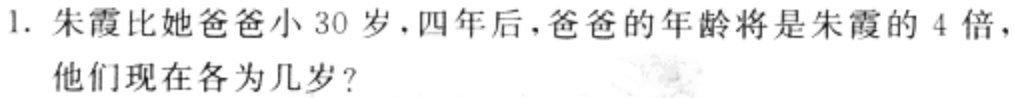
1. 朱霞比她爸爸小30岁，四年后，爸爸的年龄将是朱霞的4倍，他们现在各为几岁？